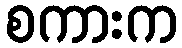
စကားက